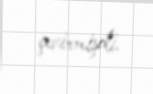
çevirmişdi.